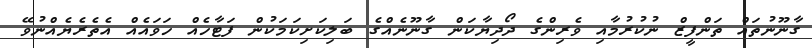
ގާނޫނުތައް ތަންފީޒް ނުކުރުމާއި ވެރިންގެ ދޯދިޔާކަން ގާނޫނެއްގެ ބަލިކަށިކަމަކުން ފަޓާހެއް ހަވައެއް އެތެރެޔެއްނުވޭ